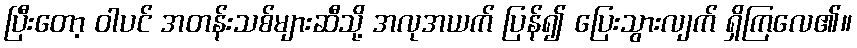
ပြီးတော့ ဝါပင် အတန်းသစ်များဆီသို့ အလုအယက် ပြန်၍ ပြေးသွားလျက် ရှိကြလေ၏။